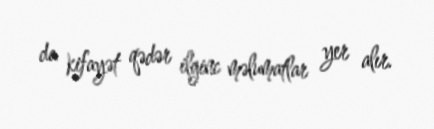
da kifayət qədər ilginc məlumatlar yer alır.